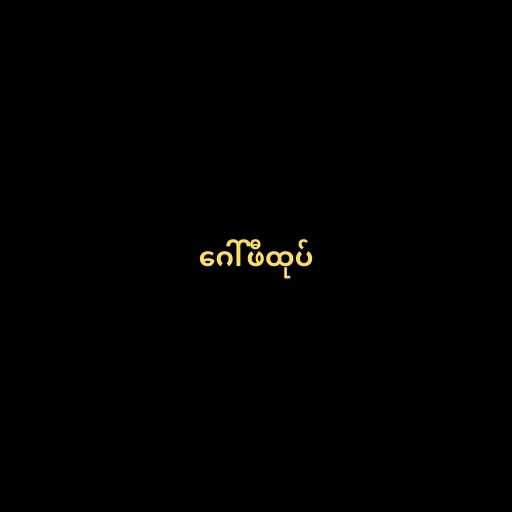
ဂေါ်ဖီထုပ်